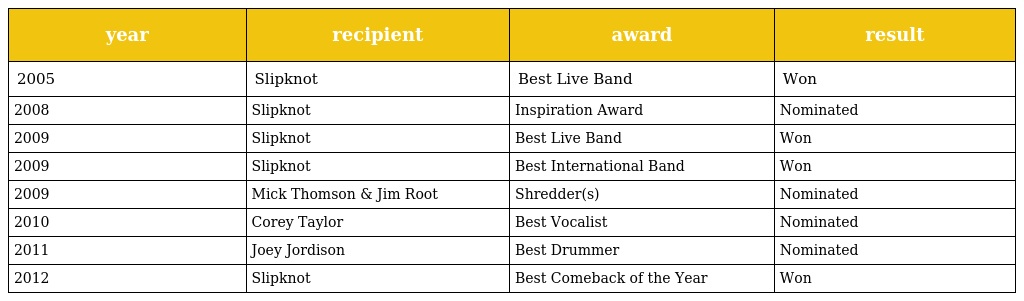
| year | recipient | award | result |
 | --- | --- | --- | --- |
 | 2005 | Slipknot | Best Live Band | Won |
 | 2008 | Slipknot | Inspiration Award | Nominated |
 | 2009 | Slipknot | Best Live Band | Won |
 | 2009 | Slipknot | Best International Band | Won |
 | 2009 | Mick Thomson & Jim Root | Shredder(s) | Nominated |
 | 2010 | Corey Taylor | Best Vocalist | Nominated |
 | 2011 | Joey Jordison | Best Drummer | Nominated |
 | 2012 | Slipknot | Best Comeback of the Year | Won |